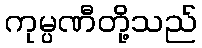
ကုမ္ပဏီတို့သည်